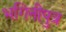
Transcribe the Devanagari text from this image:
भगिनीपुत्र